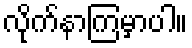
လိုက်နာကြမှာပါ။